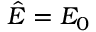
\hat { E } = E _ { 0 }